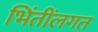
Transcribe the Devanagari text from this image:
भिंतींलगत